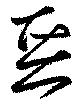
惡